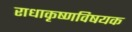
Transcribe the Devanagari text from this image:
राधाकृष्णविषयक